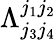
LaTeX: \Lambda_{j_{3}j_{4}}^{j_{1}j_{2}}